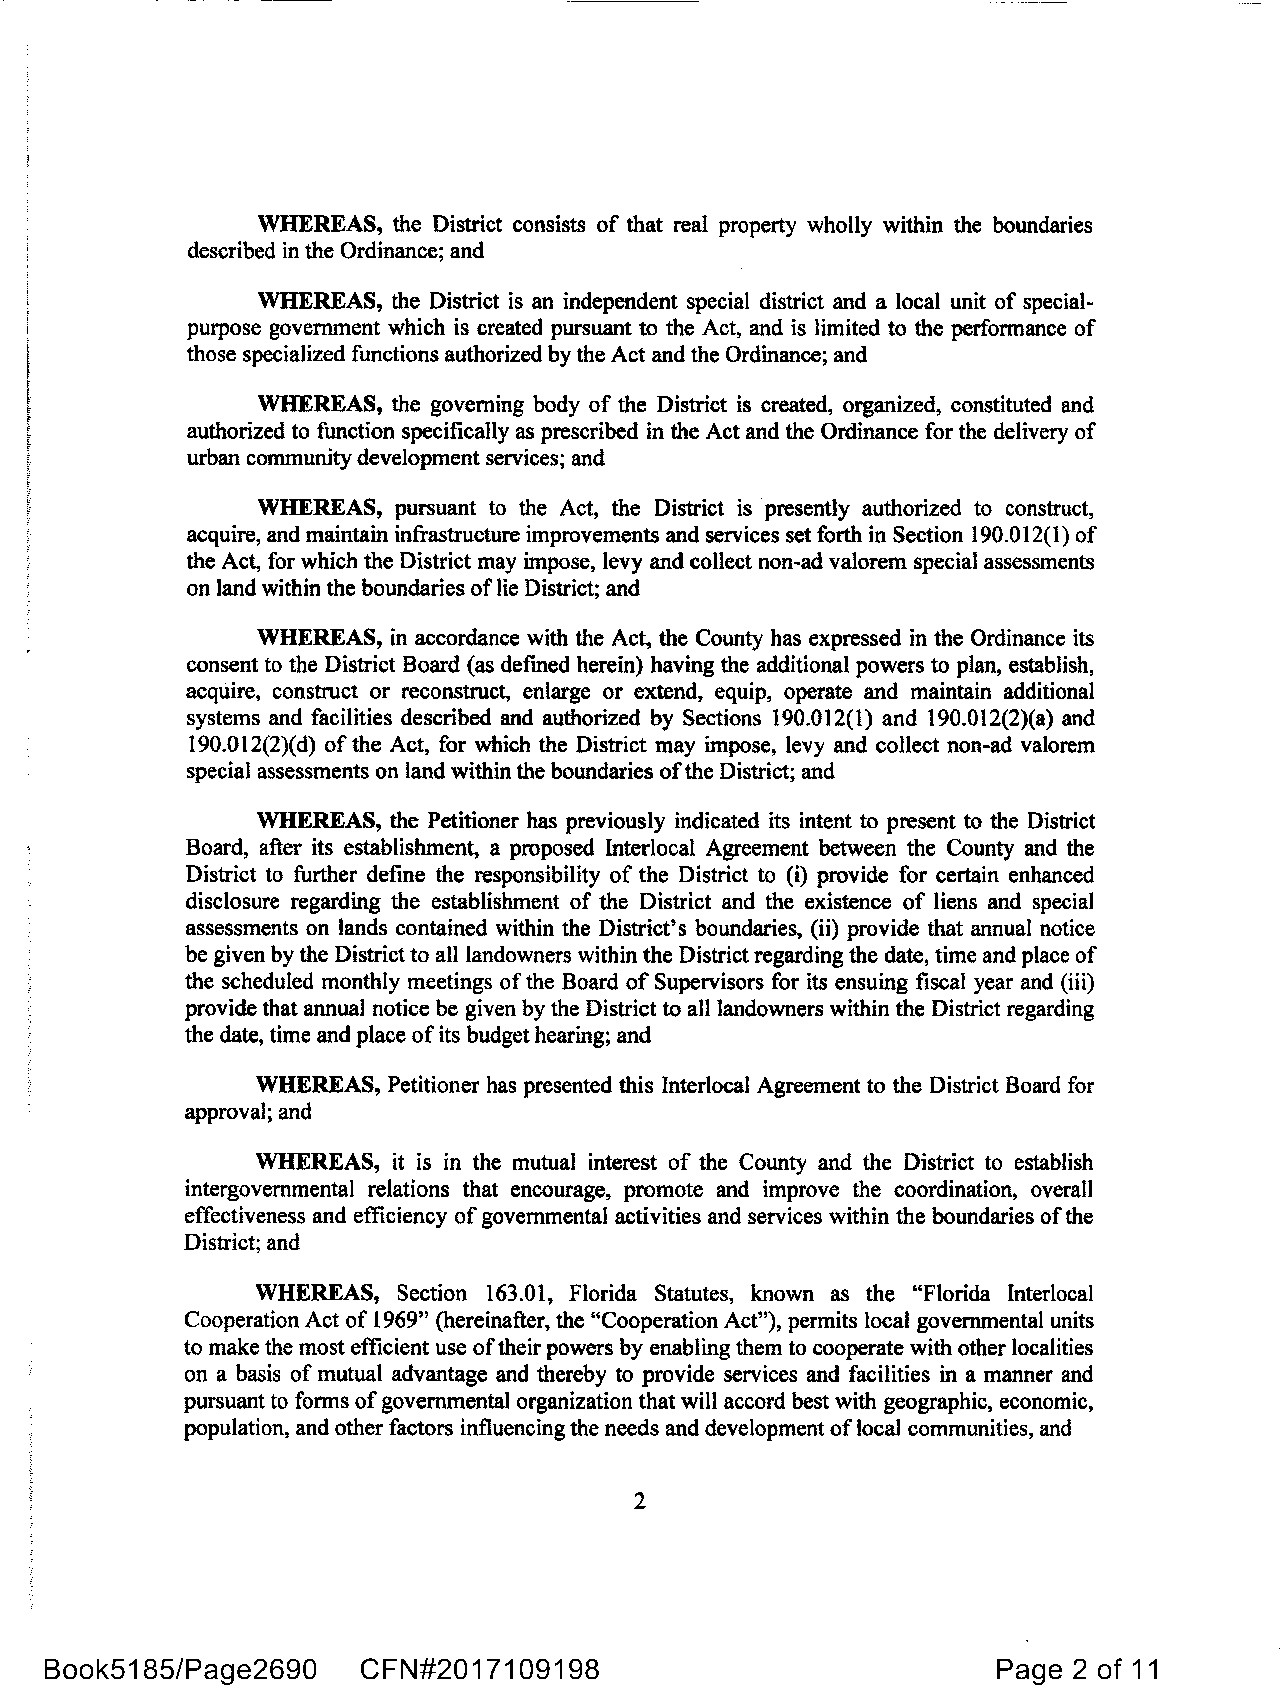
WHEREAS, the District consists of that real property wholly within the boundaries
 described in the Ordinance; and
 WHEREAS, the District is an independent special district and a local unit of special­
 purpose government which is created pursuant to the Act, and is limited to the performance of
 those specialized functions authorized by the Act and the Ordinance; and
 WHEREAS, the governing body of the District is created, organized, constituted and
 authorized to function specifically as prescribed in the Act and the Ordinance for the delivery of
 urban community development services; and
 WHEREAS, pursuant to the Act, the District is presently authorized to construct,
 acquire, and maintain infrastructure improvements and services set forth in Section 190.012(1) of
 the Act, for which the District may impose, levy and collect non-ad valorem special assessments
 on land within the boundaries of lie District; and
 WHEREAS, in accordance with the Act. the County has expressed in the Ordinance its
 consent to the District Board (as defined herein) having the additional powers to plan, establish,
 acquire, construct or reconstruct, enlarge or extend, equip, operate and maintain additional
 systems and facilities described and authorized by Sections 190.012(1) and 190.012(2)(a) and
 190.012(2)(d) of the Act, for which the District may impose, levy and collect non-ad valorem
 special assessments on land within the boundaries ofthe District; and
 WHEREAS, the Petitioner has previously indicated its intent to present to the District
 Board, after its establishment, a proposed Interlocal Agreement between the County and the
 District to further define the responsibility of the District to (i) provide for certain enhanced
 disclosure regarding the establishment of the District and the existence of liens and special
 assessments on lands contained within the District's boundaries, (ii) provide that annual notice
 be given by the District to all landowners within the District regarding the date, time and place of
 the scheduled monthly meetings of the Board of Supervisors for its ensuing fiscal year and (iii)
 provide that annual notice be given by the District to all landowners within the District regarding
 the date, time and place of its budget hearing; and
 WHEREAS, Petitioner has presented this Interlocal Agreement to the District Board for
 approval; and
 WHEREAS, it is in the mutual interest of the County and the District to establish
 intergovernmental relations that encourage, promote and improve the coordination, overall
 effectiveness and efficiency of governmental activities and services within the boundaries of the
 District; and
 WHEREAS, Section 163.01, Florida Statutes, known as the "Florida Interlocal
 Cooperation Act of 1969" (hereinafter, the "Cooperation Act"), permits local governmental units
 to make the most efficient use oftheir powers by enabling them to cooperate with other localities
 on a basis of mutual advantage and thereby to provide services and facilities in a manner and
 pursuant to forms of governmental organization that will accord best with geographic, economic,
 population, and other factors influencing the needs and development of local communities, and
 2
 Book5185/Page2690    CFN#2017109198                            Page 2 of 11